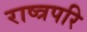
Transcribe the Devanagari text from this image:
राष्त्रपरि